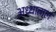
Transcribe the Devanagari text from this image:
अध्धाताल